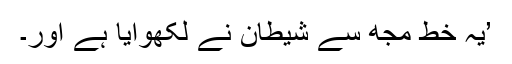
’یہ خط مجھ سے شیطان نے لکھوایا ہے اور۔